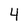
Character: 4